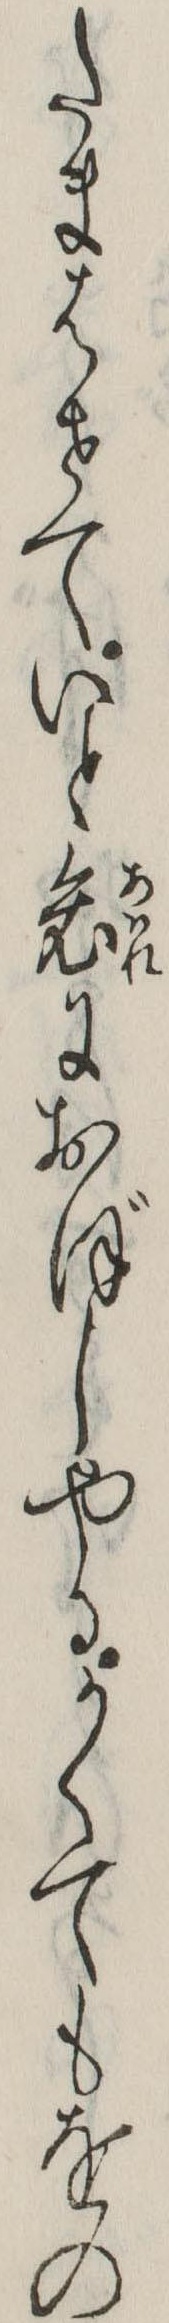
たまはせていと哀におぼしやるかくてもをの